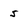
Character: 5